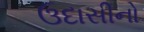
ઉદાસીનો